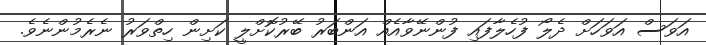
އަވަސް އަވަހަށް ދެލޯ ފުހެލާފައި ފުންނޭވާއެއް އަންބަރު ބޭރުކޮށްލީ ކަށިން ހިތްވަރު ނެރެމުންނެވެ.